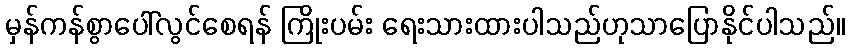
မှန်ကန်စွာပေါ်လွင်စေရန် ကြိုးပမ်း ရေးသားထားပါသည်ဟုသာပြောနိုင်ပါသည်။